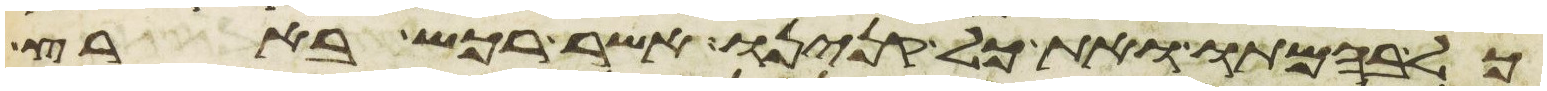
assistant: כל בהמתו ואת כל קנינו אשר רכש בארץ